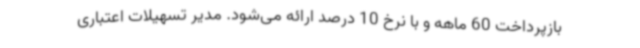
بازپرداخت 60 ماهه و با نرخ 10 درصد ارائه می‌شود. مدیر تسهیلات اعتباری